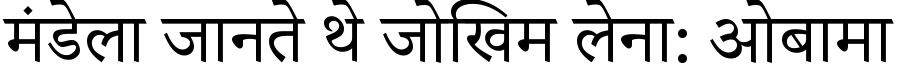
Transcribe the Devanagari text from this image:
मंडेला जानते थे जोखिम लेना: ओबामा